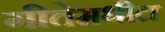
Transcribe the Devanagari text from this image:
गीतेमधील